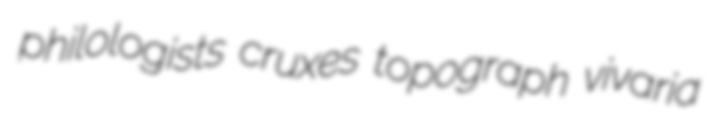
philologists cruxes topograph vivaria